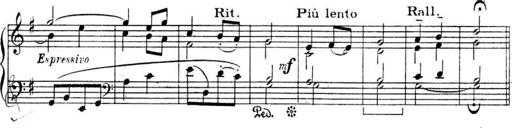
Title: Sonatines
Composer: Hedwige ChrÃ©tien